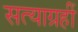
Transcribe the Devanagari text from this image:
सत्याग्रहीं